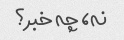
نه، چه خبر؟